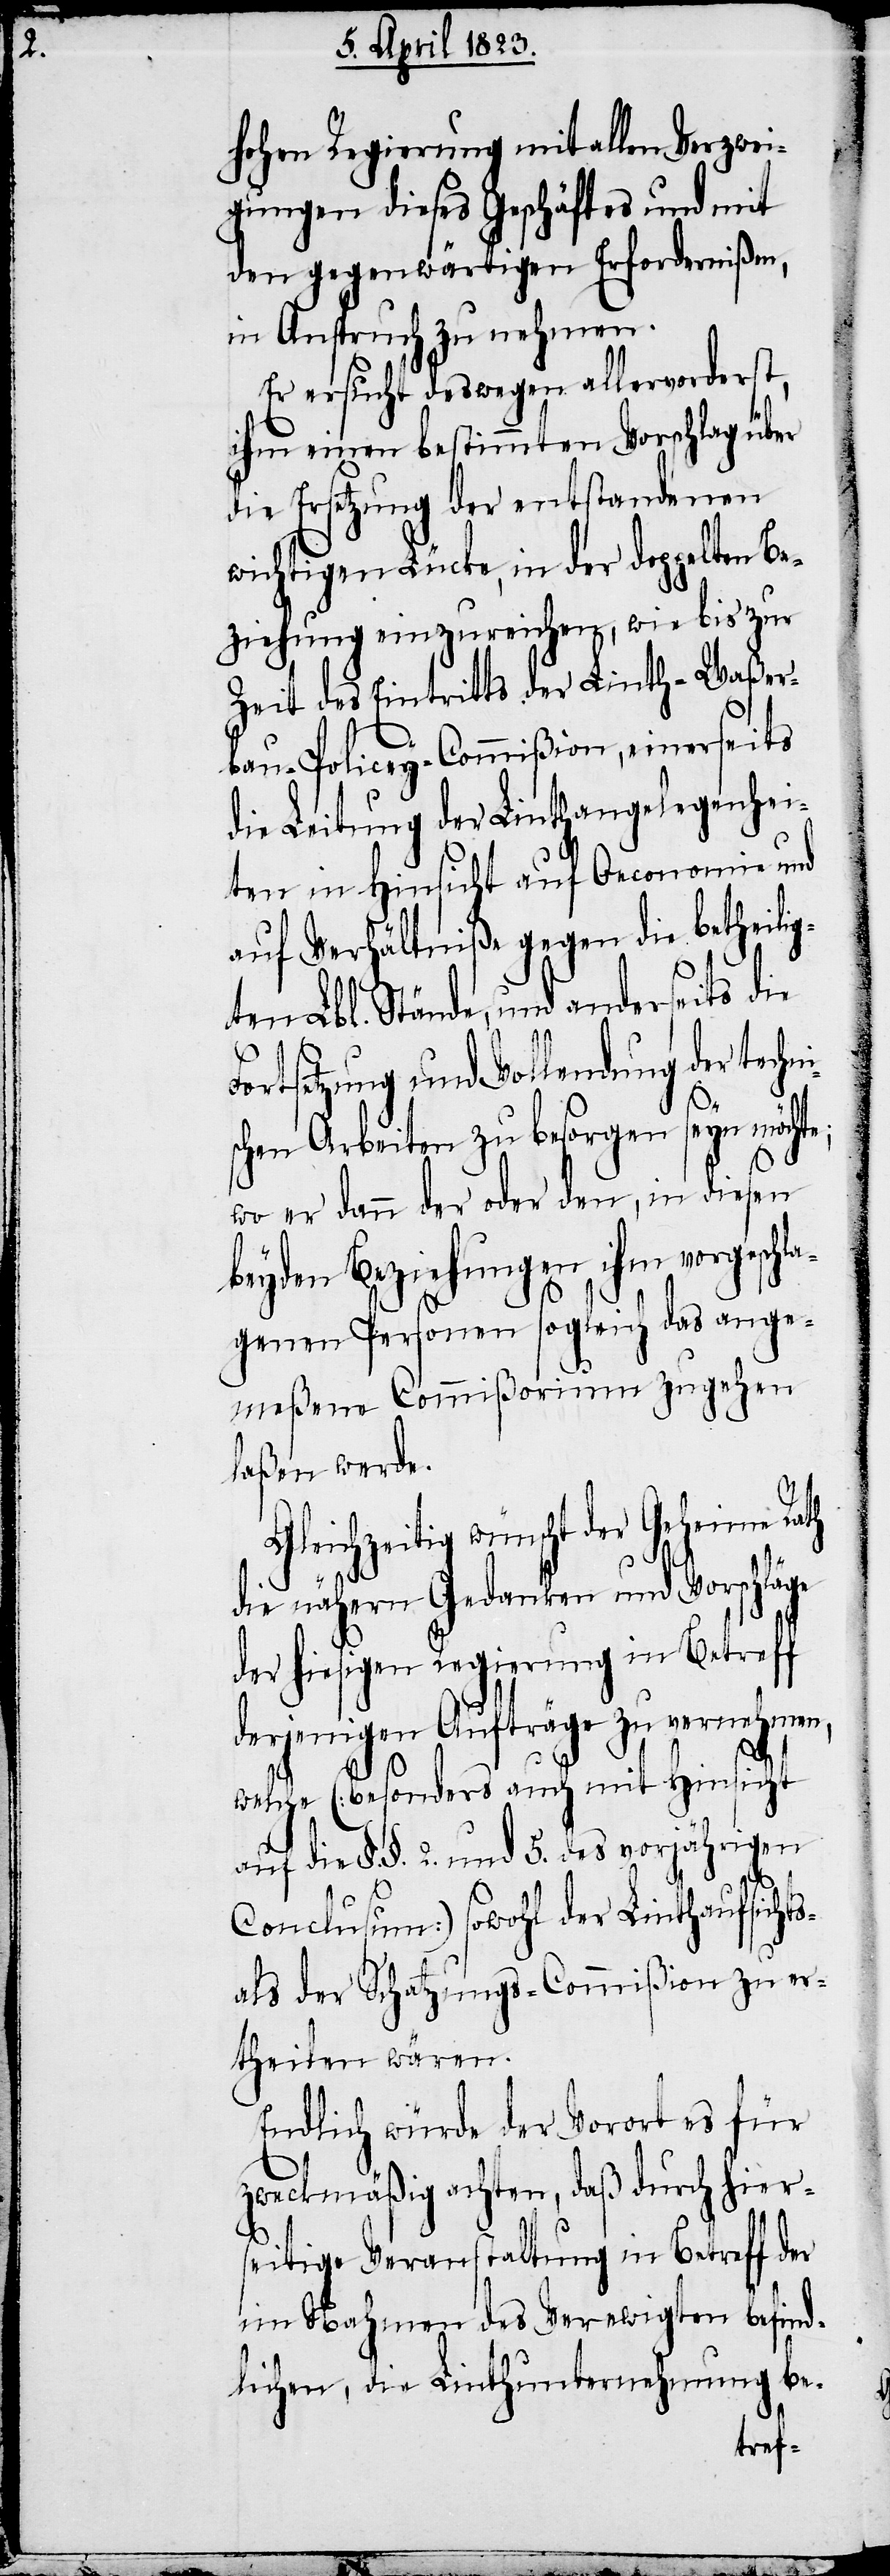
hohen Regierung mit allen Verzwei¬
gungen dieses Geschäftes und mit
den gegenwärtigen Erfordernißen,
in Anspruch zu nehmen.
Er ersucht deswegen allervorderst,
ihm einen bestimmten Vorschlag über
die Ersetzung der entstandenen
wichtigen Lücke, in der doppelten Be¬
ziehung einzureichen, wie bis zur
Zeit des Eintritts der Linth-Waßer¬
bau-Policey-Commißion, einerseits
die Leitung der Linthangelegenhei¬
ten in Hinsicht auf Oeconomie und
auf Verhältniße gegen die betheili¬
F¬
gten Lbl. Stände, und anderseits die
ortsetzung und Vollendung der techn¬
i¬
schen Arbeiten zu besorgen seyn möchte;
wo er dann der oder den, in diesen
beyden Beziehungen ihm vorgeschl¬
agenen Personen sogleich das ange¬
meßene Commißorium zugehen
laßen werde.
Gleichzeitig wünscht der Geheime Rath
die nähern Gedanken und Vorschläge
der hiesigen Regierung in Betreff
derjenigen Aufträge zu vernehmen,
welche (besonders auch mit Hinsicht
auf die §§. 2. und 5. des vorjährigen
Conclusum) sowohl der Linthaufsichts-
als der Schatzungs-Commißion zu er¬
theilen wären.
Endlich würde der Vorort es für
zweckmäßig achten, daß durch hier¬
seitige Veranstaltung in Betreff der
im Nahmen des Verewigten befind¬
lichen, die Linthunternehmung be-